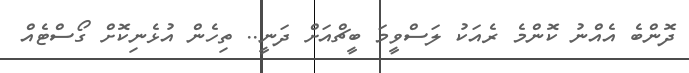
ދޮންބެ އެއްނު ކޮންމެ ރެއަކު ލަސްވީމަ ބީޗްއަށް ދަނީ.. ތިހެން އުޅެނިކޮށް ގޯސްޓެއް